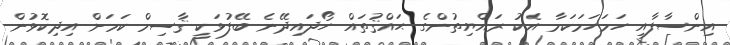
އިންސާފާއި ހަމަހަމަކަމާ އެކު ރައްޔިތުންގެ ޙައްޤުތައް ހޯދައިދޭނެ ބޭފުޅަކީ ޤާސިމް ކަމަށް އިދިކޮޅުން